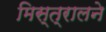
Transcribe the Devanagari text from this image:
मिस्त्रालने